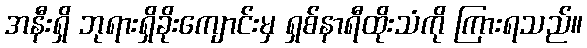
အနီးရှိ ဘုရားရှိခိုးကျောင်းမှ ရှစ်နာရီထိုးသံကို ကြားရသည်။